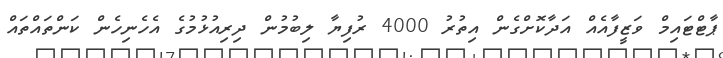
ޕާޓްޓައިމް ވަޒީފާއެއް އަދާކޮށްގެން އިތުރު 4000 ރުފިޔާ ލިބުމުން ދިރިއުޅުމުގެ އެހެނިހެން ކަންތައްތައް